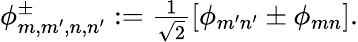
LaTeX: \begin{array}{r}{\phi_{m,m^{\prime},n,n^{\prime}}^{\pm}:=\frac{1}{\sqrt{2}}[\phi_{m^{\prime}n^{\prime}}\pm\phi_{mn}].}\end{array}